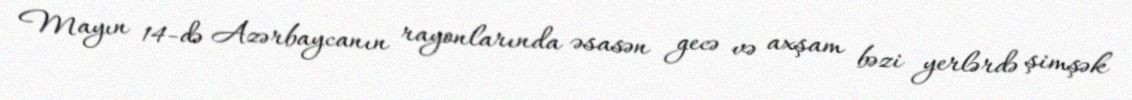
Mayın 14-də Azərbaycanın rayonlarında əsasən gecə və axşam bəzi yerlərdə şimşək